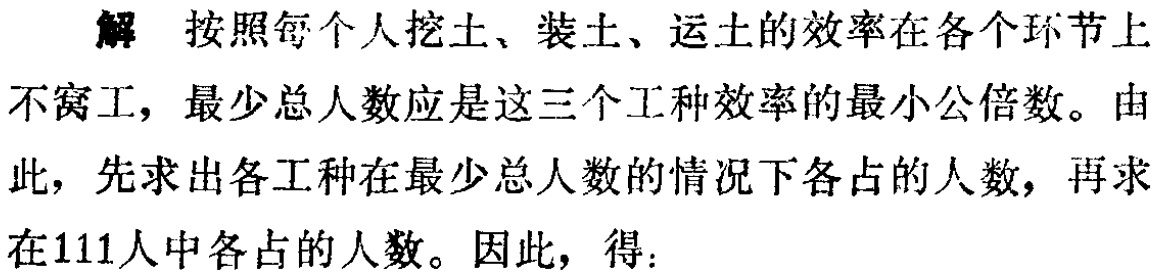
解 按照每个人挖土、装土、运土的效率在各个环节上
不窝工，最少总人数应是这三个工种效率的最小公倍数。由
此，先求出各工种在最少总人数的情况下各占的人数，再求
在111人中各占的人数。因此，得：